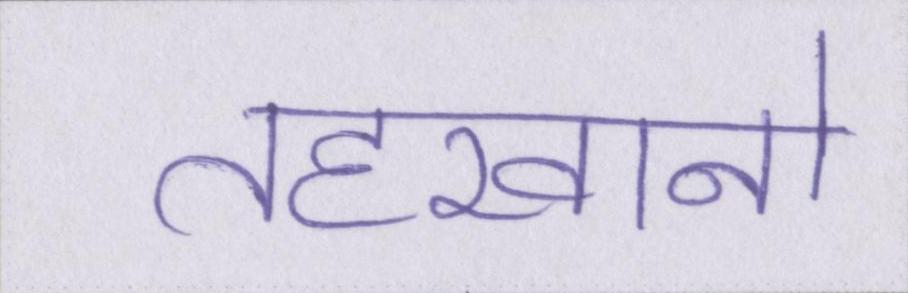
तहखानो